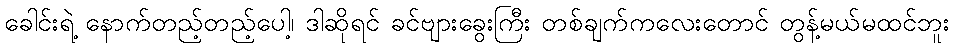
ခေါင်းရဲ့ နောက်တည့်တည့်ပေါ့၊ ဒါဆိုရင် ခင်ဗျားခွေးကြီး တစ်ချက်ကလေးတောင် တွန့်မယ်မထင်ဘူး